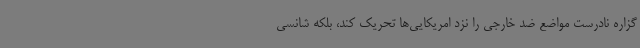
گزاره نادرست مواضع ضد خارجی را نزد امریکایی‌ها تحریک کند، بلکه شانسی